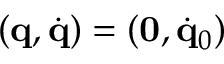
( { \bf q } , \dot { \bf q } ) = ( { \bf 0 } , \dot { \bf q } _ { 0 } )